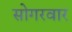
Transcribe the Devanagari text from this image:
सोगरवार